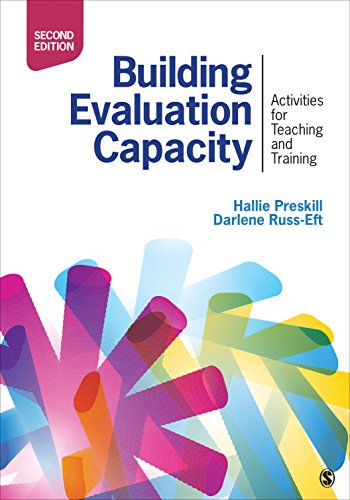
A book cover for Building Evaluation Capacity: Activities for Teaching and Training; Hallie S. (Sue) Preskill; Politics & Social Sciences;